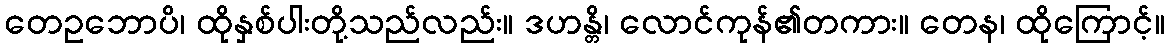
တေဥဘောပိ၊ ထိုနှစ်ပါးတို့သည်လည်း။ ဒဟန္တိ၊ လောင်ကုန်၏တကား။ တေန၊ ထိုကြောင့်။